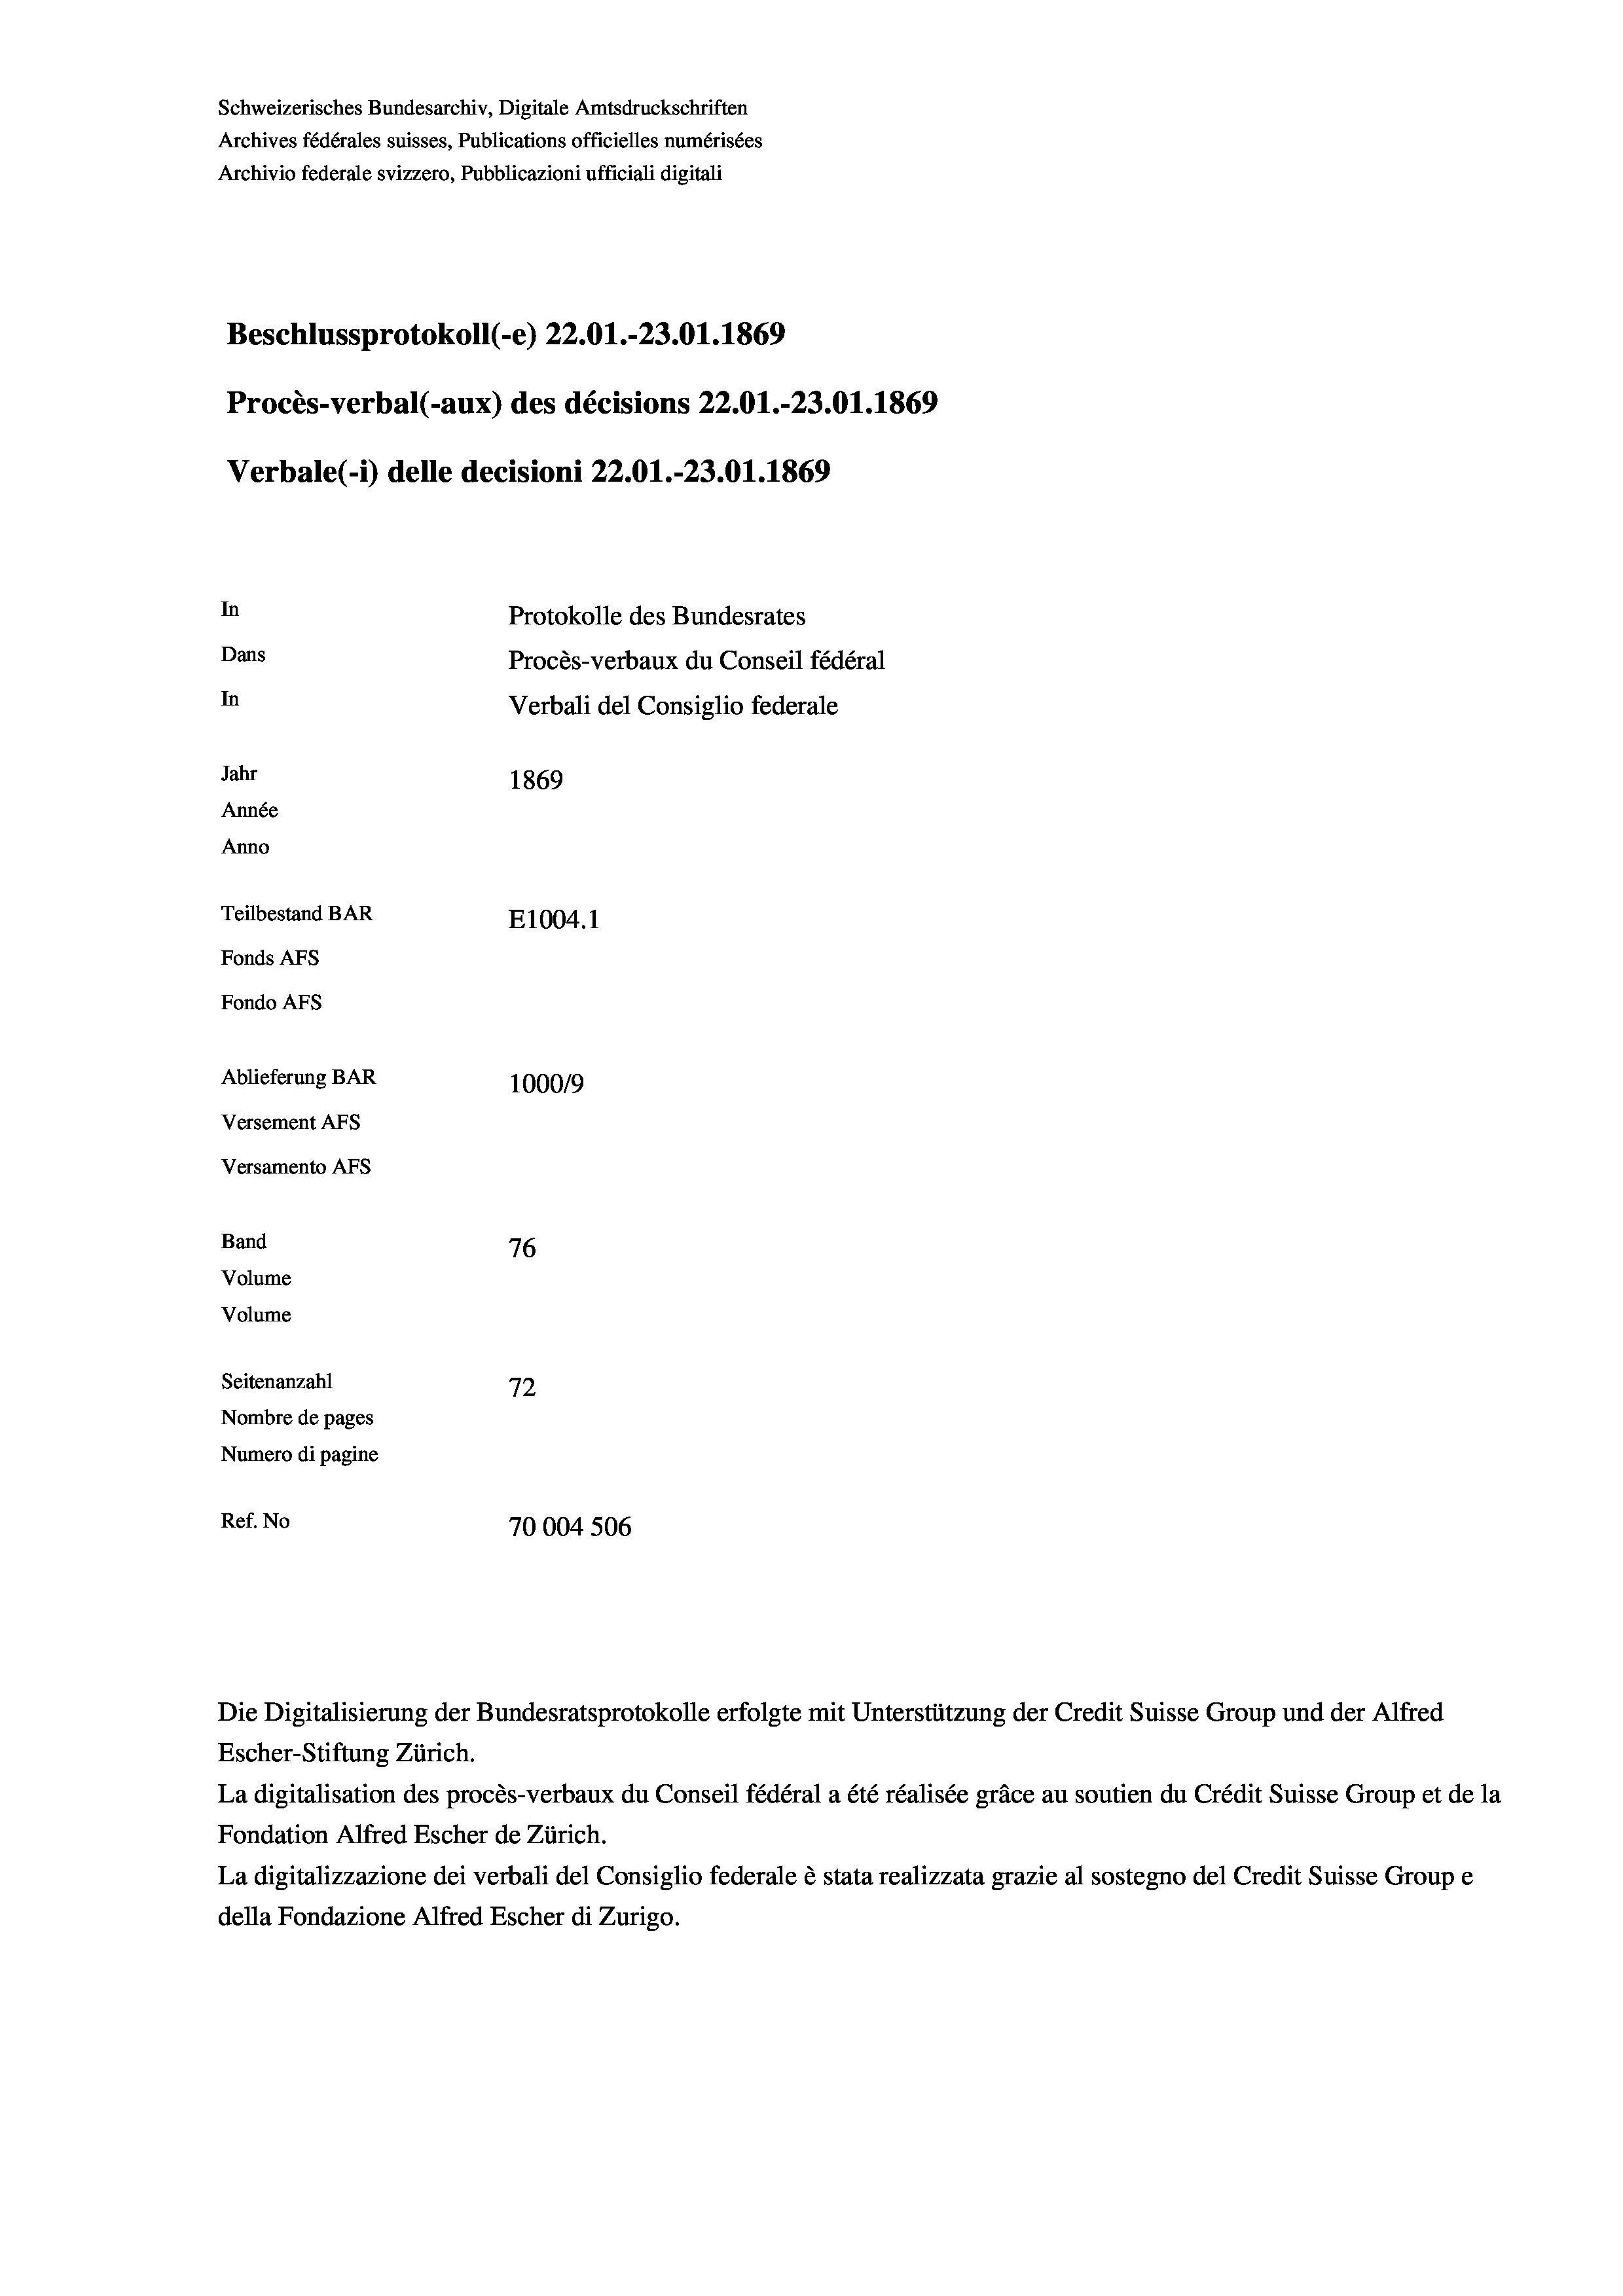
Schweizerisches Bundesarchiv, Digitale Amtsdruckschriften
Archives fédérales suisses, Publications officielles numérisées
Archivio federale svizzero, Pubblicazioni ufficiali digitali
Beschlussprotokoll (-e) 22.01.-23.01.1869
Procès-verbal (-aux) des décisions 22.01.-23.01. 1869
Verbale (- 1) delle decisioni 22.01.-23.01. 1869
In
Protokolle des Bundesrates
Dans
Procès-verbaux du Conseil fédéral
In
Verbali del Consiglio federale
Jahr
1869
Année
Anno
Teilbestand BAR
E1004.1
Fonds AFs
Fondo Afs
Ablieferung BAR
100019
Versement As
Versamento AFs
Band
76
Volume
Volume

Seitenanzahl
72
Nombre de pages
Numero di pagine
Ref. No
70004 506

Die Digitalisierung der Bundesratsprotokolle erfolgte mit Unterstützung der Credit Suisse Group und der Alfred
Escher-Stiftung Zürich.
La digitalisation des procès-verbaux du Conseil fédéral a été réalisée gräce au soutien du Crédit Suisse Group et de la
Fondation Alfred Escher de Zürich.
La digitalizzazione dei verbali del Consiglio federale è stata realizzata grazie al sostegno del Credit Suisse Groupe
della Fondazione Alfred Escher di Zurigo.